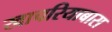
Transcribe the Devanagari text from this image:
खाचरियाबास